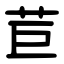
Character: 苣